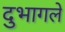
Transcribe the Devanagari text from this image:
दुभागले